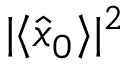
| \langle \hat { x } _ { 0 } \rangle | ^ { 2 }